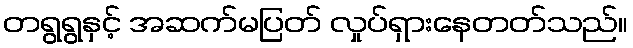
တရွရွနှင့် အဆက်မပြတ် လှုပ်ရှားနေတတ်သည်။